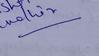
Signature authenticity: genuine